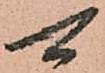
可